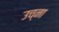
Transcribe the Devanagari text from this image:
उच्ना